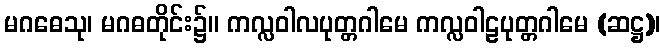
မဂဓေသု၊ မဂဓတိုင်း၌။ ကလ္လဝါလပုတ္တဂါမေ ကလ္လဝါဠပုတ္တဂါမေ (ဆဋ္ဌ)၊